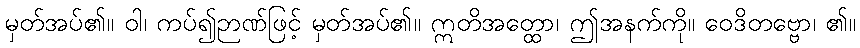
မှတ်အပ်၏။ ဝါ၊ ကပ်၍ဉာဏ်ဖြင့် မှတ်အပ်၏။ ဣတိအတ္ထော၊ ဤအနက်ကို။ ဝေဒိတဗ္ဗော၊ ၏။